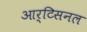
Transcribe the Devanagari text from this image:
आर्टिसनल